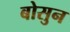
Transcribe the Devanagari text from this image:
बोसुन